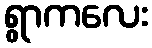
ရွာကလေး